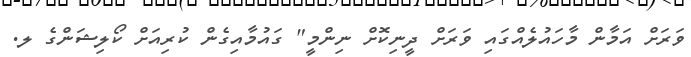
ވަރަށް އަމާން މާހައުލެއްގައި ވަރަށް ދީނިކޮށް ނިންމީ" ގައުމާއިގެން ކުރިއަށް ކޯލިޝަންގެ ލ.